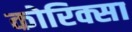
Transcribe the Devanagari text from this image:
कोरिक्सा